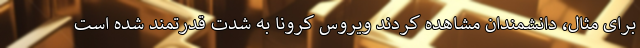
برای مثال، دانشمندان مشاهده کردند ویروس کرونا به شدت قدرتمند شده است